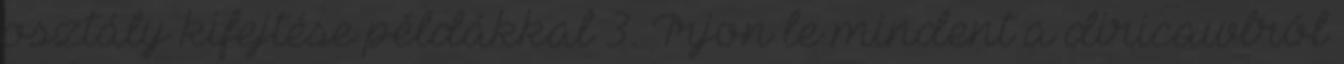
osztály kifejtése példákkal 3. Írjon le mindent a diricawlról